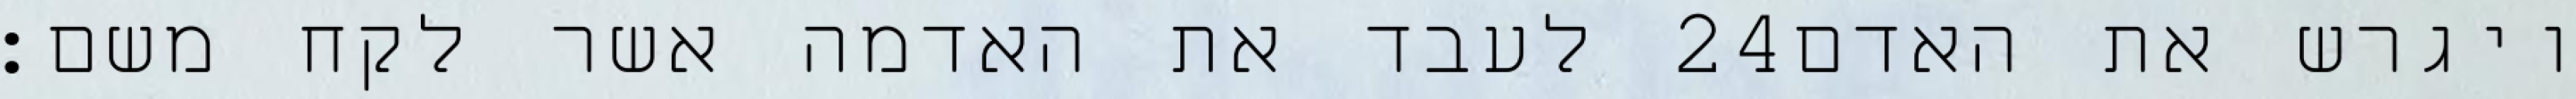
לעבד את האדמה אשר לקח משם׃ ‎24‏ ויגרש את האדם